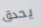
يحدق